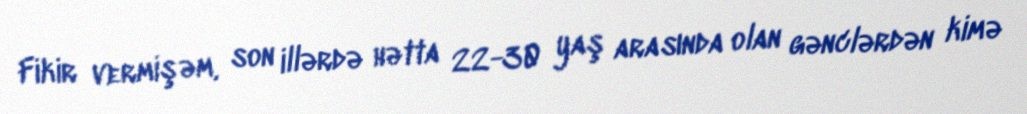
Fikir vermişəm, son illərdə hətta 22-30 yaş arasında olan gənclərdən kimə